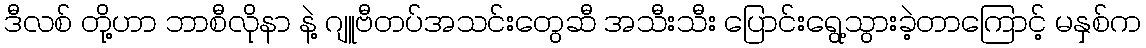
ဒီလစ် တို့ဟာ ဘာစီလိုနာ နဲ့ ဂျူဗီတပ်အသင်းတွေဆီ အသီးသီး ပြောင်းရွေ့သွားခဲ့တာကြောင့် မနှစ်က